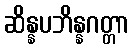
ဆိန္နပဘိန္နဂတ္တာ